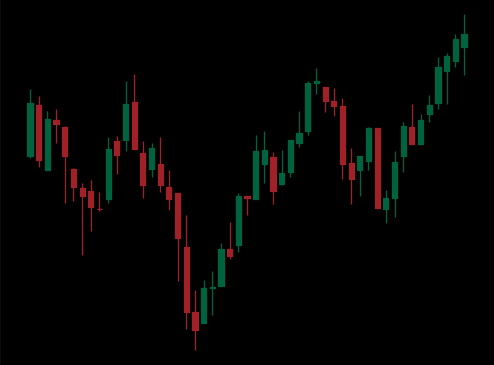
Pattern: inverse_head_shoulders